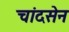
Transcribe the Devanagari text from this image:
चांदसेन